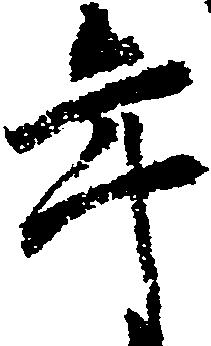
年